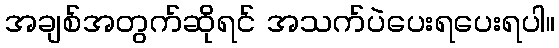
အချစ်အတွက်ဆိုရင် အသက်ပဲပေးရပေးရပါ။